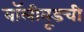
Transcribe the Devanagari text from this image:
बॉलीवूडची